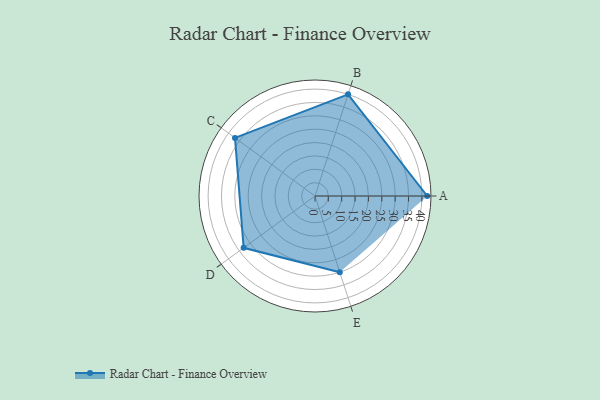
{"axis": {"x": "Skill", "y": "Score"}, "legend": ["Profile"], "data": [{"x": "A", "y": 42.0, "type": "Profile"}, {"x": "B", "y": 40.0, "type": "Profile"}, {"x": "C", "y": 37.0, "type": "Profile"}, {"x": "D", "y": 33.0, "type": "Profile"}, {"x": "E", "y": 30.0, "type": "Profile"}]}